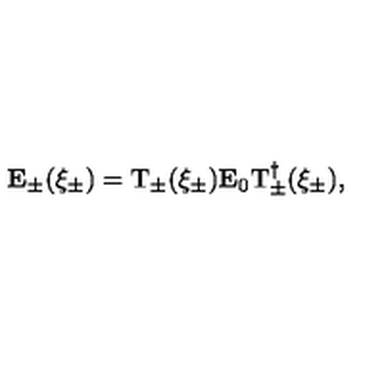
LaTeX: { \bf E } _ { \pm } ( \xi _ { \pm } ) = \mathrm { T } _ { \pm } ( \xi _ { \pm } ) { \bf E } _ { 0 } \mathrm { T } _ { \pm } ^ { \dagger } ( \xi _ { \pm } ) ,